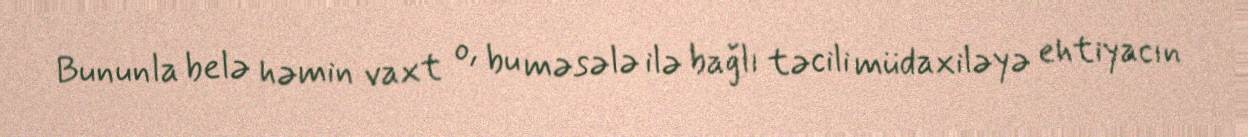
Bununla belə həmin vaxt o, bu məsələ ilə bağlı təcili müdaxiləyə ehtiyacın